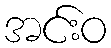
အင်းဝ